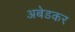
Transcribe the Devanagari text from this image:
अबेडकर